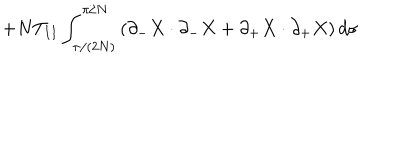
LaTeX: + N T _ { I I } \int _ { \pi / ( 2 N ) } ^ { \pi / N } \left( \partial _ { - } X \cdot \partial _ { - } X + \partial _ { + } X \cdot \partial _ { + } X \right) d \sigma